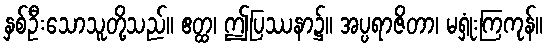
နှစ်ဦးသောသူတို့သည်။ ဧတ္ထ၊ ဤပြဿနာ၌။ အပ္ပရာဇိတာ၊ မရှုံးကြကုန်။